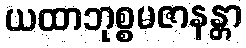
ယထာဘုစ္စမဇာနန္တာ